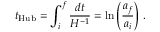
t _ { \mathrm { H u b } } = \int _ { i } ^ { f } \frac { d t } { H ^ { - 1 } } = \ln \left( \frac { a _ { f } } { a _ { i } } \right) \, .